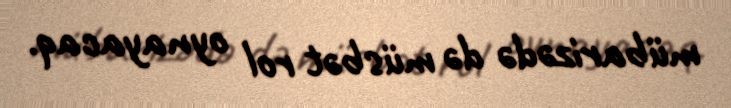
mübarizədə də müsbət rol oynayacaq.